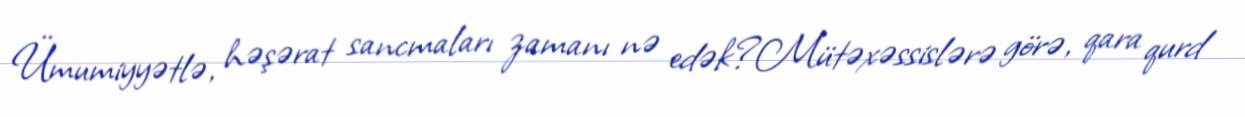
Ümumiyyətlə, həşərat sancmaları zamanı nə edək?Mütəxəssislərə görə, qara qurd